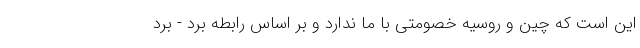
این است که چین و روسیه خصومتی با ما ندارد و بر اساس رابطه برد - برد